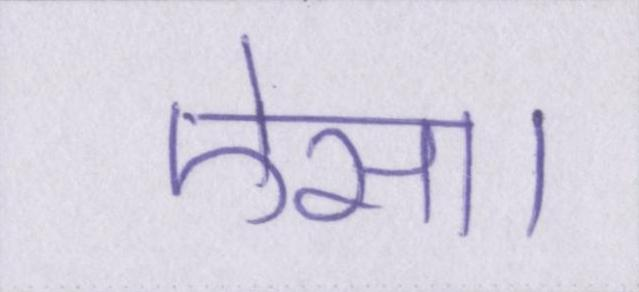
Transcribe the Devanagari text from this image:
ऐसा।